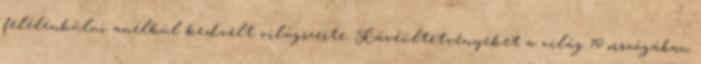
felélénkülni anélkül kedvelt világszerte. Kávéültetvényeket a világ 70 országában